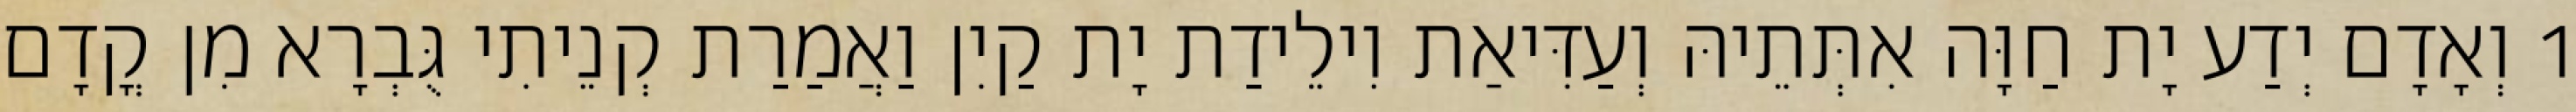
1 וְאָדָם יְדַע יָת חַוָּה אִתְּתֵיהּ וְעַדִּיאַת וִילֵידַת יָת קַיִן וַאֲמַרַת קְנֵיתִי גֻּבְרָא מִן קֳדָם